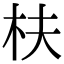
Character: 枎